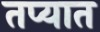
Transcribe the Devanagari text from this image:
तप्यात